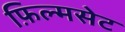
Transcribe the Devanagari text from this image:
फ़िल्मसेट